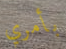
بأمري